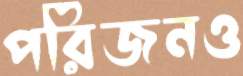
পরিজনও